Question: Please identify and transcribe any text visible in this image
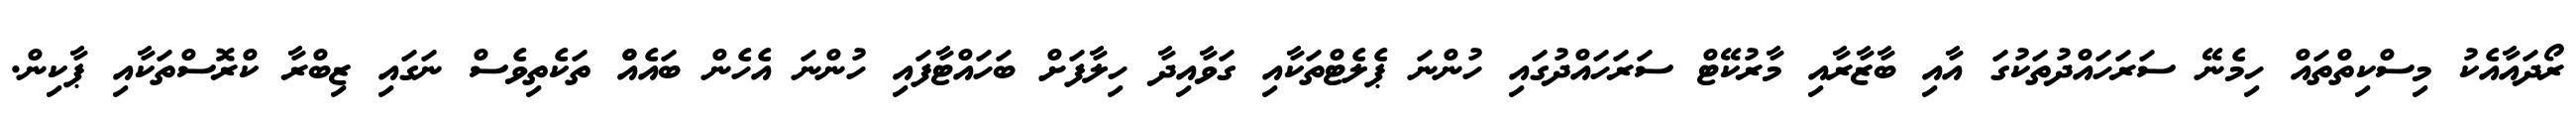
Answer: ރޯދައާއެކު މިސްކިތްތައް ހިމެނޭ ސަރަހައްދުތަކުގަ އާއި ބާޒާރާއި މާރުކޭޓް ސަރަހައްދުގައި ހުންނަ ޕެލެޓްތަކާއި ގަވާއިދާ ހިލާފަށް ބަހައްޓާފައި ހުންނަ އެހެން ބައެއްް ތަކެތިވެސް ނަގައި ޒިބްރާ ކްރޮސްތަކާއި ޕާކިން.